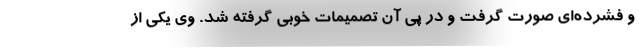
و فشرده‌ای صورت گرفت و در پی آن تصمیمات خوبی گرفته شد. وی یکی از